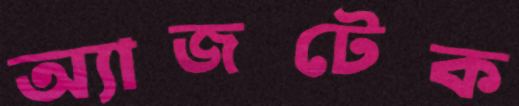
অ্যাজটেক